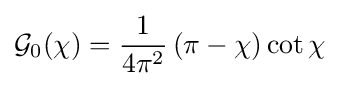
{\mathcal {G}}_{0}(\chi )={\frac {1}{4\pi ^{2}}}\left(\pi -\chi \right)\cot \chi